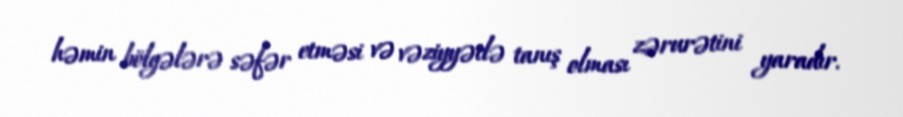
həmin bölgələrə səfər etməsi və vəziyyətlə tanış olması zərurətini yaradır.